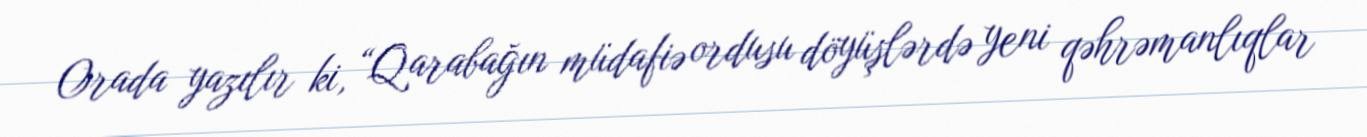
Orada yazılır ki, “Qarabağın müdafiə ordusu döyüşlərdə yeni qəhrəmanlıqlar